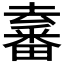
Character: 𤳛